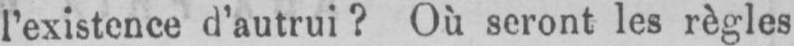
l’existence d’autrui? Où seront les règles